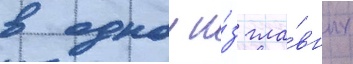
в однои и́з гла́вных